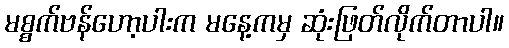
မစ္စက်ဗန်ဟော့ပါးက မနေ့ကမှ ဆုံးဖြတ်လိုက်တာပါ။